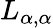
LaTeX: L_{\alpha,\alpha}